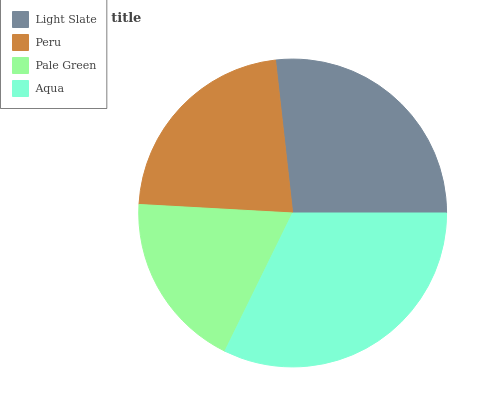
| Light Slate | Peru | Pale Green | Aqua |
 | --- | --- | --- | --- |
 | 26.8% | 22.3% | 18.6% | 32.3% |